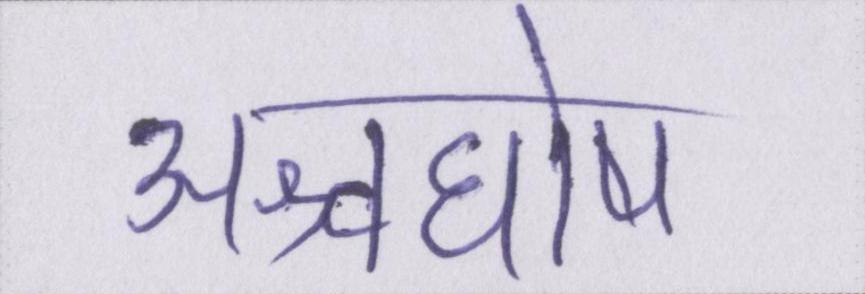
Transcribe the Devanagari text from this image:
अश्वघोष